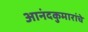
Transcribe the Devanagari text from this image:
आनंदकुमारांचे